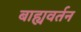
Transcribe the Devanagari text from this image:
बाह्यवर्तन